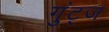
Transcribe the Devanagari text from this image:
गुंट्ज